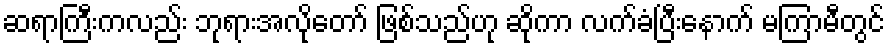
ဆရာကြီးကလည်း ဘုရားအလိုတော် ဖြစ်သည်ဟု ဆိုကာ လက်ခံပြီးနောက် မကြာမီတွင်